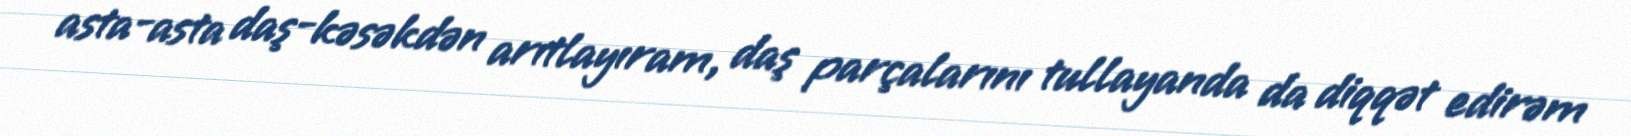
asta-asta daş-kəsəkdən arıtlayıram, daş parçalarını tullayanda da diqqət edirəm